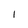
Character: l